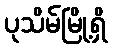
ပုသိမ်မြို့ရှိ